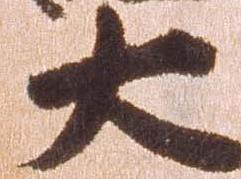
大